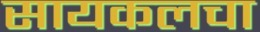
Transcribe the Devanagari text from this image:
सायकलचा